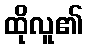
ထိုလူ၏